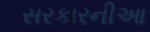
સરકારનીઆ